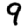
Digit: 9